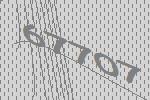
67707